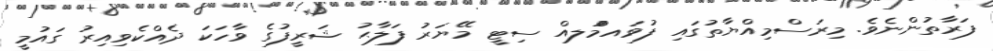
ފަރާތުންނެވެ. މިރަސްމިއްޔާތުގައި ފުވައމްުަލއް ސިޓީ މޭޔަރު ފަލާޙު ޝަރީފުގެ ވާހަކަ ދެއްކެވިއިރު ގައުމީ